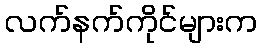
လက်နက်ကိုင်များက